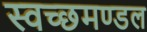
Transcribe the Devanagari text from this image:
स्‍वच्‍छमण्‍डल